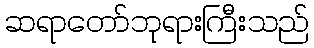
ဆရာတော်ဘုရားကြီးသည်